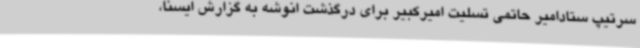
سرتیپ ستادامیر حاتمی تسلیت امیرکبیر برای درگذشت انوشه به گزارش ایسنا،